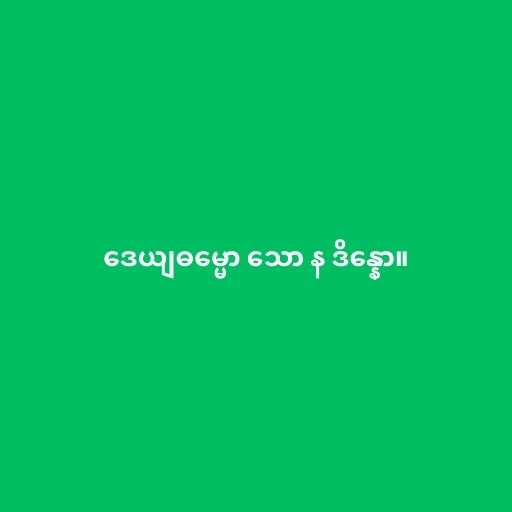
ဒေယျဓမ္မော သော န ဒိန္နော။